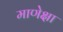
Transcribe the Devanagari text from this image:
माणेक्षा